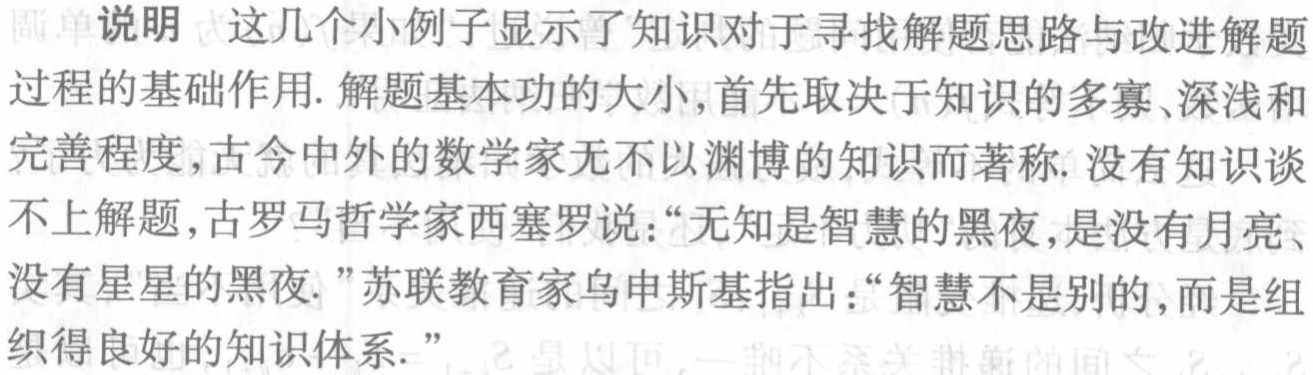
简单说明 这几个小例子显示了知识对于寻找解题思路与改进解题

过程的基础作用. 解题基本功的大小,首先取决于知识的多寡、深浅和

完善程度,古今中外的数学家无不以渊博的知识而著称. 没有知识谈

不上解题,古罗马哲学家西塞罗说：“无知是智慧的黑夜,是没有月亮、

没有星星的黑夜.”苏联教育家乌申斯基指出：“智慧不是别的,而是组

织得良好的知识体系.”